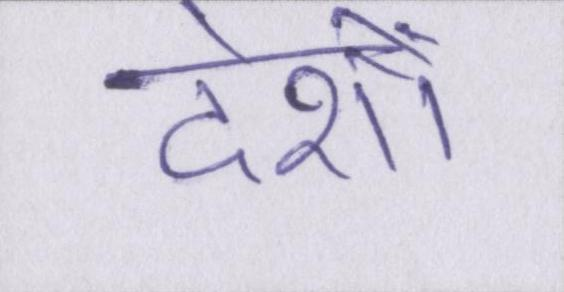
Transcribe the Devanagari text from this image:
देशों